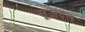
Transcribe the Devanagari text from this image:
सूजदल